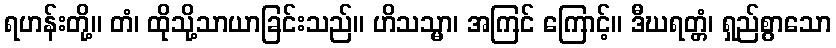
ရဟန်းတို့။ တံ၊ ထိုသို့သာယာခြင်းသည်။ ဟိသသ္မာ၊ အကြင် ကြောင့်။ ဒီဃရတ္တံ၊ ရှည်စွာသော